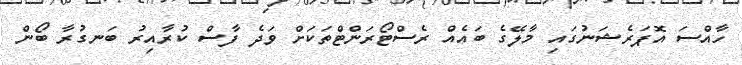
ހާއްސަ އޮޕަރެޝަނުގައި މާލޭގެ ބައެއް ރެސްޓޯރަންޓްތަކަށް ވަދެ ފާސް ކުރާއިރު ބަނގުރާ ބޯން